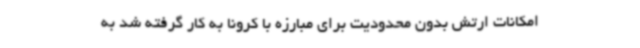
امکانات ارتش بدون محدودیت برای مبارزه با کرونا به کار گرفته شد به